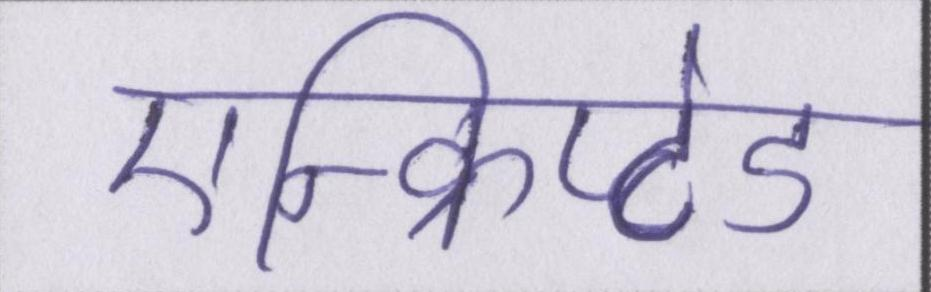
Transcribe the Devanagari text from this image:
एन्क्रिप्टेड